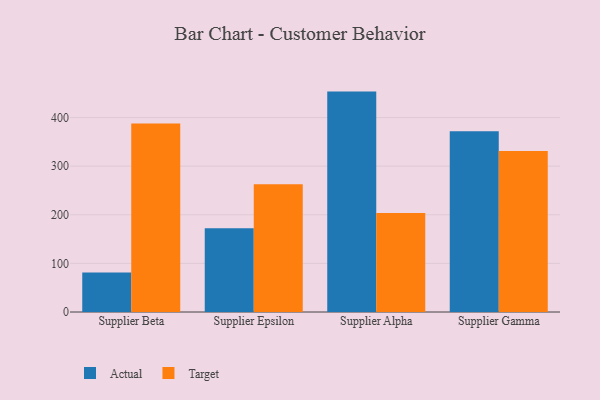
{"axis": {"x": "Supplier", "y": "Market Share (%)"}, "legend": ["Actual", "Target"], "data": [{"x": "Supplier Beta", "y": 81.2, "type": "Actual"}, {"x": "Supplier Beta", "y": 388.0, "type": "Target"}, {"x": "Supplier Epsilon", "y": 172.3, "type": "Actual"}, {"x": "Supplier Epsilon", "y": 262.9, "type": "Target"}, {"x": "Supplier Alpha", "y": 453.4, "type": "Actual"}, {"x": "Supplier Alpha", "y": 203.9, "type": "Target"}, {"x": "Supplier Gamma", "y": 371.7, "type": "Actual"}, {"x": "Supplier Gamma", "y": 331.4, "type": "Target"}]}